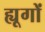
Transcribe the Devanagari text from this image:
ह्यूगों